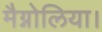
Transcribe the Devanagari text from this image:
मैग्नोलिया।